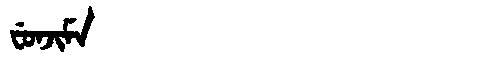
Manchu: ᠸᡠᠨᠵᡳᠮᠠ
Romanization: FUNJIMA